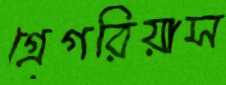
গ্রেগরিয়াস